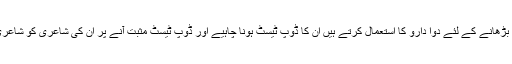
سو آپ سمجھ ہی گئے ہوں گے کہ ہمارا مدعا یہ ہے کہ جو شاعر اپنی کارکردگی بڑھانے کے لئے دوا دارو کا استعمال کرتے ہیں اُن کا ڈوپ ٹیسٹ ہونا چاہیے اور ڈوپ ٹیسٹ مثبت آنے پر ان کی شاعری کو شاعری کی روح کے منافی قرار دیتے ہوئے اُن پر چھ آٹھ ماہ کی پابندی لگا دینا چاہیے۔